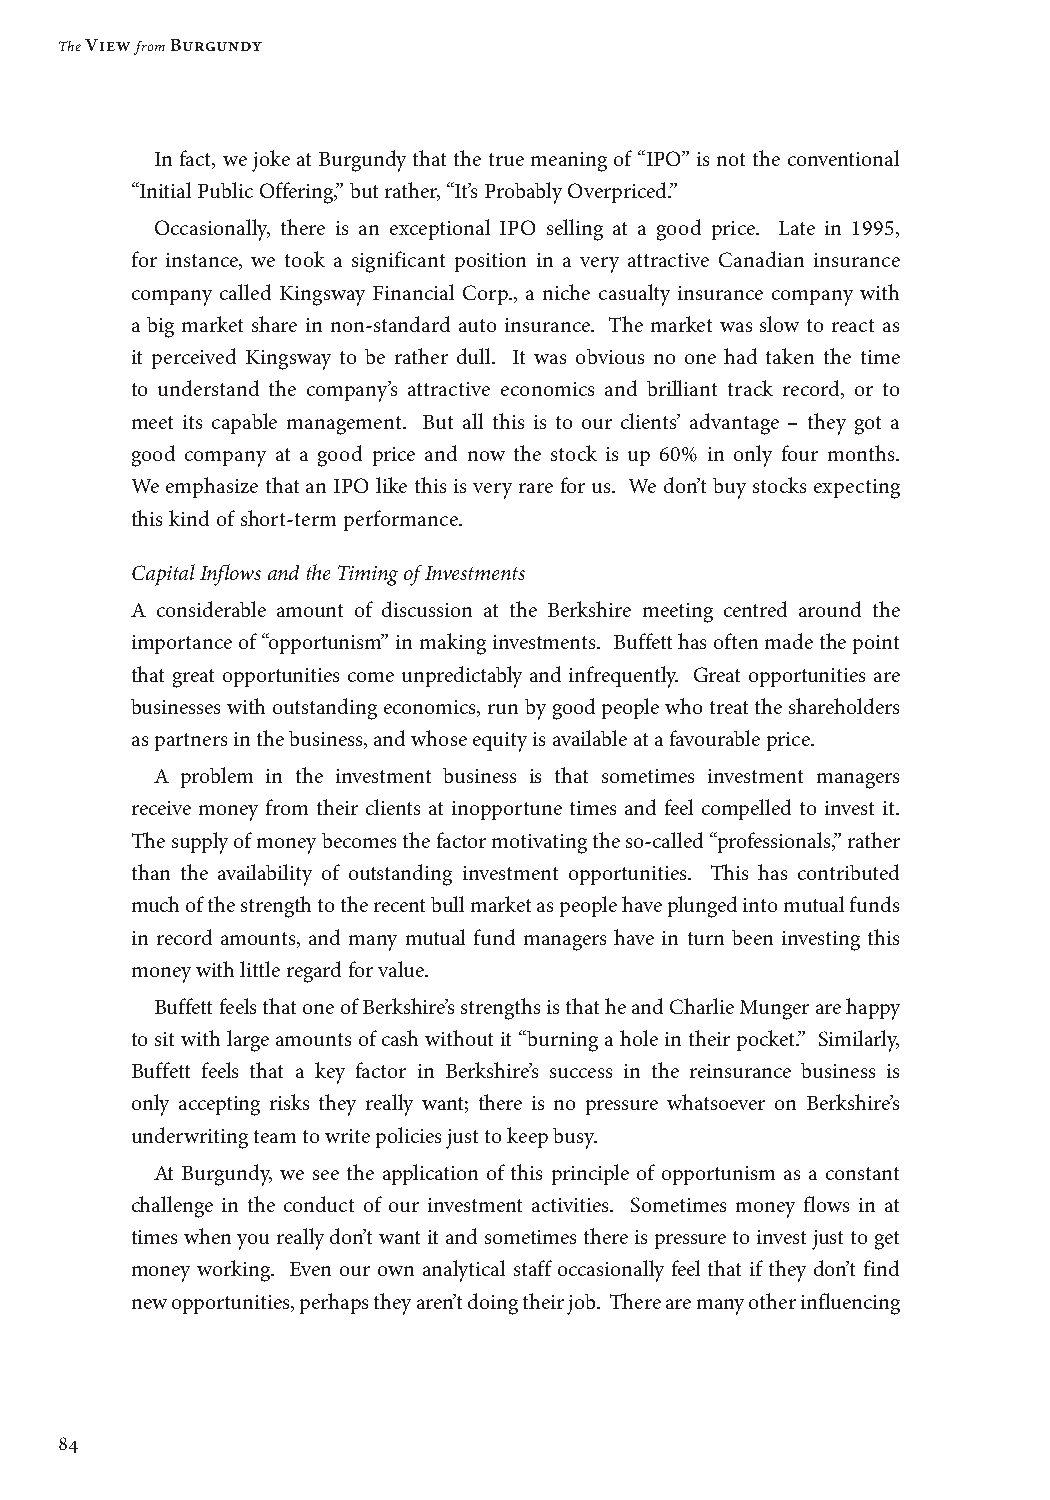
The View from Burgundy
 In fact, we joke at Burgundy that the true meaning of “IPO” is not the conventional
 “Initial Public Offering,” but rather, “It’s Probably Overpriced.”
 Occasionally, there is an exceptional IPO selling at a good price. Late in 1995,
 for instance, we took a significant position in a very attractive Canadian insurance
 company called Kingsway Financial Corp., a niche casualty insurance company with
 a big market share in non-standard auto insurance. The market was slow to react as
 it perceived Kingsway to be rather dull. It was obvious no one had taken the time
 to understand the company’s attractive economics and brilliant track record, or to
 meet its capable management. But all this is to our clients’ advantage – they got a
 good company at a good price and now the stock is up 60% in only four months.
 We emphasize that an IPO like this is very rare for us. We don’t buy stocks expecting
 this kind of short-term performance.
 Capital Inflows and the Timing of Investments
 A considerable amount of discussion at the Berkshire meeting centred around the
 importance of “opportunism” in making investments. Buffett has often made the point
 that great opportunities come unpredictably and infrequently. Great opportunities are
 businesses with outstanding economics, run by good people who treat the shareholders
 as partners in the business, and whose equity is available at a favourable price.
 A problem in the investment business is that sometimes investment managers
 receive money from their clients at inopportune times and feel compelled to invest it.
 The supply of money becomes the factor motivating the so-called “professionals,” rather
 than the availability of outstanding investment opportunities. This has contributed
 much of the strength to the recent bull market as people have plunged into mutual funds
 in record amounts, and many mutual fund managers have in turn been investing this
 money with little regard for value.
 Buffett feels that one of Berkshire’s strengths is that he and Charlie Munger are happy
 to sit with large amounts of cash without it “burning a hole in their pocket.” Similarly,
 Buffett feels that a key factor in Berkshire’s success in the reinsurance business is
 only accepting risks they really want; there is no pressure whatsoever on Berkshire’s
 underwriting team to write policies just to keep busy.
 At Burgundy, we see the application of this principle of opportunism as a constant
 challenge in the conduct of our investment activities. Sometimes money flows in at
 times when you really don’t want it and sometimes there is pressure to invest just to get
 money working. Even our own analytical staff occasionally feel that if they don’t find
 new opportunities, perhaps they aren’t doing their job. There are many other influencing
 84